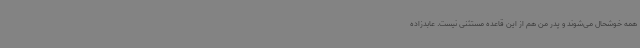
همه خوشحال می‌شوند و پدر من هم از این قاعده مستثنی نیست. عابدزاده